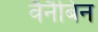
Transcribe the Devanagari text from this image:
वैनैबिन